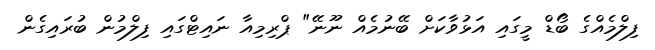
ފިލްމެއްގެ ބޯޑް މީގައި އަޅުވާކަށް ބޭނުމެއް ނޫނޭ" ޕްރިމިއާ ނައިޓްގައި ފިލްމުން ބުރައިގެން